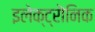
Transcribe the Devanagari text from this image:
इलेक्ट्रॊनिक